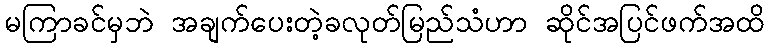
မကြာခင်မှဘဲ အချက်ပေးတဲ့ခလုတ်မြည်သံဟာ ဆိုင်အပြင်ဖက်အထိ